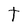
Character: t